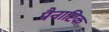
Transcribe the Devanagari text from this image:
पैनाप्टिक